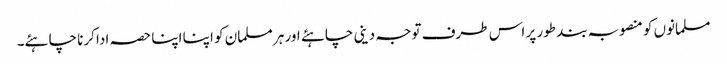
مسلمانوں کو منصوبہ بند طور پر اس طرف توجہ دینی چاہئے اور ہر مسلمان کو اپنا اپنا حصہ ادا کرنا چاہئے۔